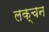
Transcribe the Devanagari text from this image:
लक्चन